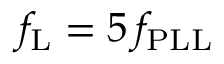
f _ { \mathrm { L } } = 5 \, f _ { \mathrm { P L L } }